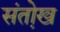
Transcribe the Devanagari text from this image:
संतो़ख